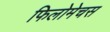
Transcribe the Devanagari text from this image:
फिलोमेचस